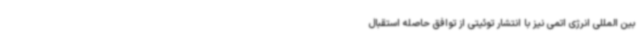
بین المللی انرژی اتمی نیز با انتشار توئیتی از توافق حاصله استقبال